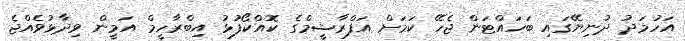
އަހުމަދު ދުނިޔޭގައި ބަހައްޓަން ޖެހޭ ކަމަށް އަފްރާޝީމްގެ ކޮއްކޯފުޅު އިބްރާހީމް އަމީން ވިދާޅުވެއްޖެ